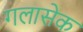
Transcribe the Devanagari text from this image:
गलासेक